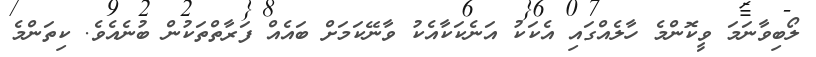
ލޯބިވާނަމަ ވީކޮންމެ ހާލެއްގައި އެކަކު އަނެކަކާއެކު ވާނޭކަމަށް ބައެއް ފަރާތްތަކުން ބުނެއެވެ. ކިތަންމެ